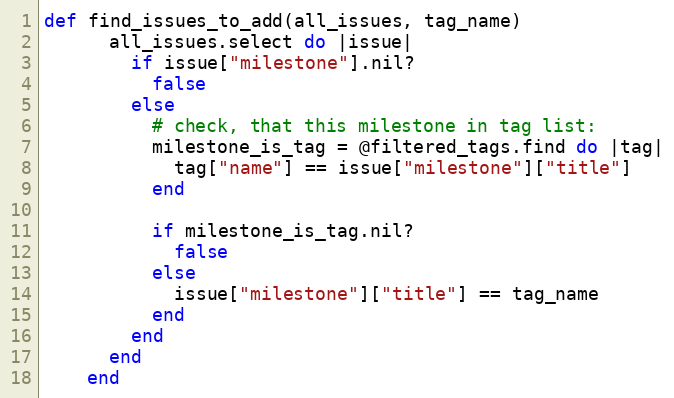
Language: Ruby
def find_issues_to_add(all_issues, tag_name)
      all_issues.select do |issue|
        if issue["milestone"].nil?
          false
        else
          # check, that this milestone in tag list:
          milestone_is_tag = @filtered_tags.find do |tag|
            tag["name"] == issue["milestone"]["title"]
          end

          if milestone_is_tag.nil?
            false
          else
            issue["milestone"]["title"] == tag_name
          end
        end
      end
    end